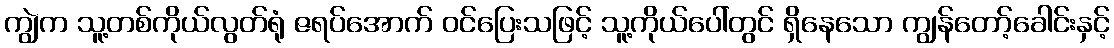
ကျွဲက သူ့တစ်ကိုယ်လွတ်ရုံ ဇရပ်အောက် ဝင်ပြေးသဖြင့် သူ့ကိုယ်ပေါ်တွင် ရှိနေသော ကျွန်တော့်ခေါင်းနှင့်